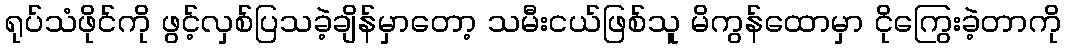
ရုပ်သံဖိုင်ကို ဖွင့်လှစ်ပြသခဲ့ချိန်မှာတော့ သမီးငယ်ဖြစ်သူ မိကွန်ထောမှာ ငိုကြွေးခဲ့တာကို